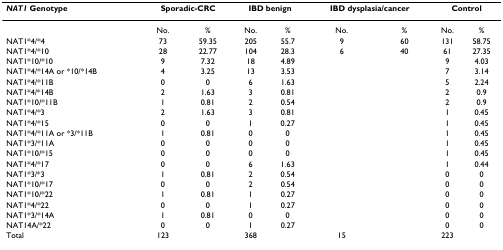
<table><thead><tr><td><b><i>NAT1 </i>Genotype</b></td><td colspan="2"><b>Sporadic-CRC</b></td><td colspan="2"><b>IBD benign</b></td><td colspan="2"><b>IBD dysplasia/cancer</b></td><td colspan="2"><b>Control</b></td></tr></thead><tbody><tr><td></td><td>No.</td><td>%</td><td>No.</td><td>%</td><td>No.</td><td>%</td><td>No.</td><td>%</td></tr><tr><td>NAT1*4/*4</td><td>73</td><td>59.35</td><td>205</td><td>55.7</td><td>9</td><td>60</td><td>131</td><td>58.75</td></tr><tr><td>NAT1*4/*10</td><td>28</td><td>22.77</td><td>104</td><td>28.3</td><td>6</td><td>40</td><td>61</td><td>27.35</td></tr><tr><td>NAT1*10/*10</td><td>9</td><td>7.32</td><td>18</td><td>4.89</td><td></td><td></td><td>9</td><td>4.03</td></tr><tr><td>NAT1*4/*14A or *10/*14B</td><td>4</td><td>3.25</td><td>13</td><td>3.53</td><td></td><td></td><td>7</td><td>3.14</td></tr><tr><td>NAT1*4/*11B</td><td>0</td><td>0</td><td>6</td><td>1.63</td><td></td><td></td><td>5</td><td>2.24</td></tr><tr><td>NAT1*4/*14B</td><td>2</td><td>1.63</td><td>3</td><td>0.81</td><td></td><td></td><td>2</td><td>0.9</td></tr><tr><td>NAT1*10/*11B</td><td>1</td><td>0.81</td><td>2</td><td>0.54</td><td></td><td></td><td>2</td><td>0.9</td></tr><tr><td>NAT1*4/*3</td><td>2</td><td>1.63</td><td>3</td><td>0.81</td><td></td><td></td><td>1</td><td>0.45</td></tr><tr><td>NAT1*4/*15</td><td>0</td><td>0</td><td>1</td><td>0.27</td><td></td><td></td><td>1</td><td>0.45</td></tr><tr><td>NAT1*4/*11A or *3/*11B</td><td>1</td><td>0.81</td><td>0</td><td>0</td><td></td><td></td><td>1</td><td>0.45</td></tr><tr><td>NAT1*3/*11A</td><td>0</td><td>0</td><td>0</td><td>0</td><td></td><td></td><td>1</td><td>0.45</td></tr><tr><td>NAT1*10/*15</td><td>0</td><td>0</td><td>0</td><td>0</td><td></td><td></td><td>1</td><td>0.45</td></tr><tr><td>NAT1*4/*17</td><td>0</td><td>0</td><td>6</td><td>1.63</td><td></td><td></td><td>1</td><td>0.44</td></tr><tr><td>NAT1*3/*3</td><td>1</td><td>0.81</td><td>2</td><td>0.54</td><td></td><td></td><td>0</td><td>0</td></tr><tr><td>NAT1*10/*17</td><td>0</td><td>0</td><td>2</td><td>0.54</td><td></td><td></td><td>0</td><td>0</td></tr><tr><td>NAT1*10/*22</td><td>1</td><td>0.81</td><td>1</td><td>0.27</td><td></td><td></td><td>0</td><td>0</td></tr><tr><td>NAT1*4/*22</td><td>0</td><td>0</td><td>1</td><td>0.27</td><td></td><td></td><td>0</td><td>0</td></tr><tr><td>NAT1*3/*14A</td><td>1</td><td>0.81</td><td>0</td><td>0</td><td></td><td></td><td>0</td><td>0</td></tr><tr><td>NAT14A/*22</td><td>0</td><td>0</td><td>1</td><td>0.27</td><td></td><td></td><td>0</td><td>0</td></tr><tr><td>Total</td><td>123</td><td></td><td>368</td><td></td><td>15</td><td></td><td>223</td><td></td></tr></tbody></table>